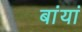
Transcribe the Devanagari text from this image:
बांयां